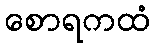
စောရကထံ